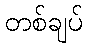
တစ်ချပ်